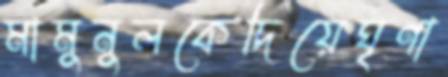
মামুনুলকেদিয়েঘৃণা